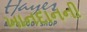
ખાનદાનની